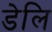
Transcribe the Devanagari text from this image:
डेलि